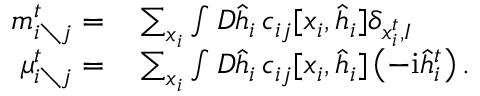
\begin{array} { r l } { m _ { i \setminus j } ^ { t } = } & { { } \sum _ { \boldsymbol { x } _ { i } } \int D \hat { \boldsymbol { h } } _ { i } \, c _ { i j } [ \boldsymbol { x } _ { i } , \hat { \boldsymbol { h } } _ { i } ] \delta _ { x _ { i } ^ { t } , I } } \\ { \mu _ { i \setminus j } ^ { t } = } & { { } \sum _ { \boldsymbol { x } _ { i } } \int D \hat { \boldsymbol { h } } _ { i } \, c _ { i j } [ \boldsymbol { x } _ { i } , \hat { \boldsymbol { h } } _ { i } ] \left( - \mathrm { i } \hat { h } _ { i } ^ { t } \right) . } \end{array}